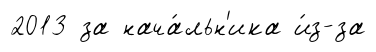
2013 за нача́льн'ика и́з-за